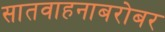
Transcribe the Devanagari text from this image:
सातवाहनाबरोबर